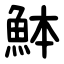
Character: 䱁